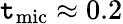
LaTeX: \mathtt{t}_{\mathrm{{mic}}}\approx0.2